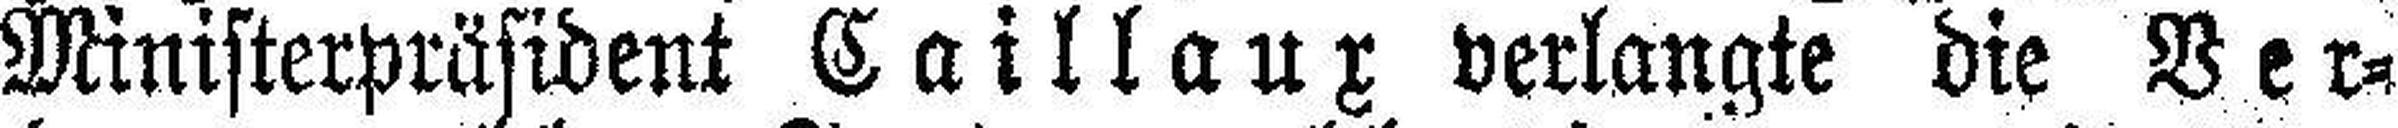
Ministerpräsident Caillaux verlangte die Ver¬